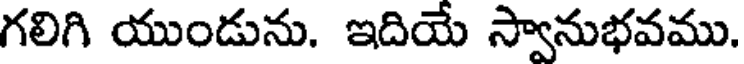
గలిగి యుండును. ఇదియే స్వానుభవము.